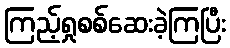
ကြည့်ရှုစစ်ဆေးခဲ့ကြပြီး